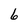
Character: 6